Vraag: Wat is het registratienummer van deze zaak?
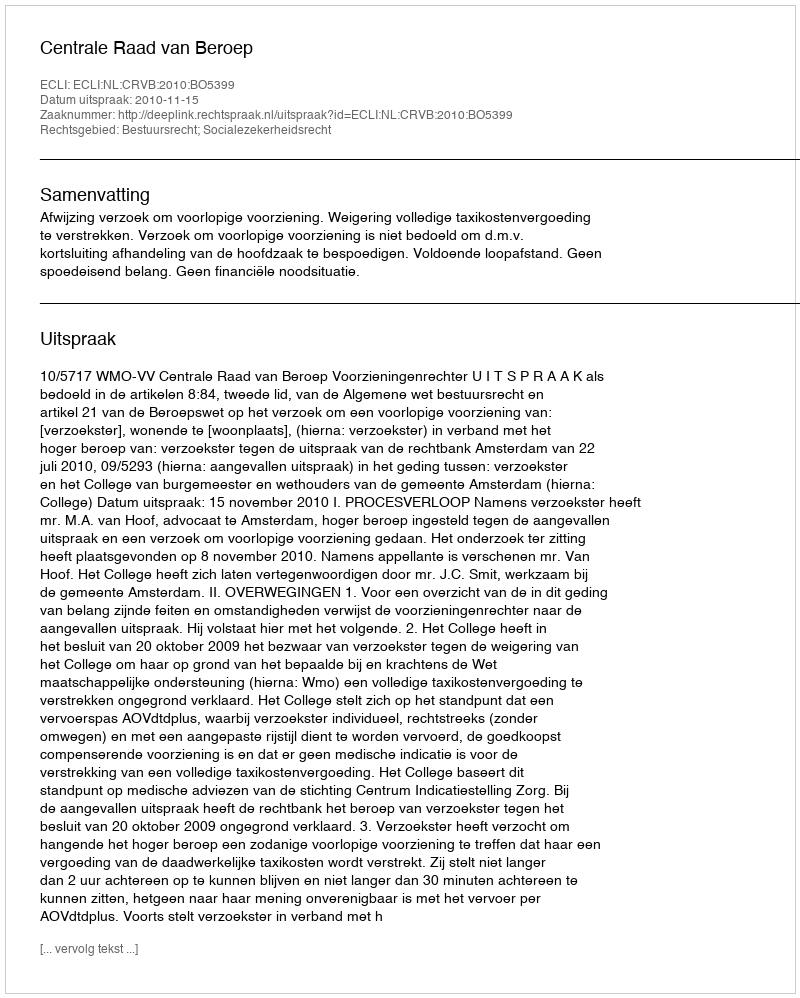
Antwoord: http://deeplink.rechtspraak.nl/uitspraak?id=ECLI:NL:CRVB:2010:BO5399